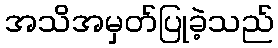
အသိအမှတ်ပြုခဲ့သည်